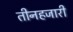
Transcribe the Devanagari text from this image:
तीनहजारी